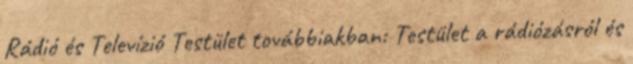
Rádió és Televízió Testület továbbiakban: Testület a rádiózásról és